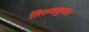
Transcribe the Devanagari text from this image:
तिरुवकुरल